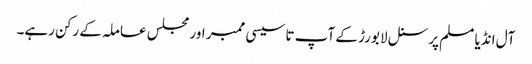
آل انڈیا مسلم پرسنل لا بورڑ کے آپ تاسیسی ممبر اور مجلس عاملہ کے رکن رہے۔